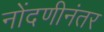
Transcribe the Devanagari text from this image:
नोंदणीनंतर